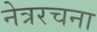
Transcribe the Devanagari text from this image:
नेत्ररचना